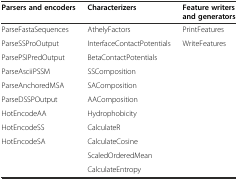
<table><thead><tr><td><b>Parsers and encoders</b></td><td><b>Characterizers</b></td><td><b>Feature writers and generators</b></td></tr></thead><tbody><tr><td>ParseFastaSequences</td><td>AthelyFactors</td><td>PrintFeatures</td></tr><tr><td>ParseSSProOutput</td><td>InterfaceContactPotentials</td><td>WriteFeatures</td></tr><tr><td>ParsePSIPredOutput</td><td>BetaContactPotentials</td><td></td></tr><tr><td>ParseAsciiPSSM</td><td>SSComposition</td><td></td></tr><tr><td>ParseAnchoredMSA</td><td>SAComposition</td><td></td></tr><tr><td>ParseDSSPOutput</td><td>AAComposition</td><td></td></tr><tr><td>HotEncodeAA</td><td>Hydrophobicity</td><td></td></tr><tr><td>HotEncodeSS</td><td>CalculateR</td><td></td></tr><tr><td>HotEncodeSA</td><td>CalculateCosine</td><td></td></tr><tr><td></td><td>ScaledOrderedMean</td><td></td></tr><tr><td></td><td>CalculateEntropy</td><td></td></tr></tbody></table>